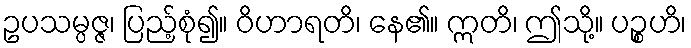
ဥပသမ္ပဇ္ဇ၊ ပြည့်စုံ၍။ ဝိဟာရတိ၊ နေ၏။ ဣတိ၊ ဤသို့။ ပဉ္စဟိ၊